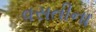
વસતીના